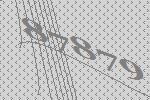
87879